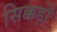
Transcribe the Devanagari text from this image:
सिक्कड़ों